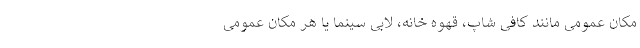
مکان عمومی مانند کافی شاپ، قهوه خانه، لابی سینما یا هر مکان عمومی